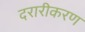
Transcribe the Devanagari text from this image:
दरारीकरण